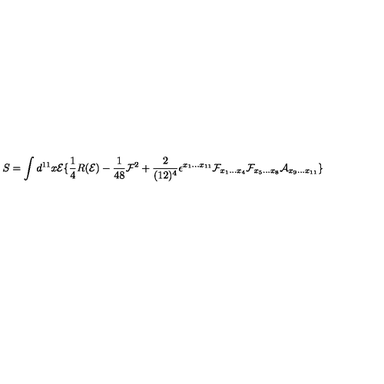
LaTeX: S = \int d ^ { 1 1 } x { \cal E } \lbrace \frac { 1 } { 4 } R ( { \cal E } ) - \frac { 1 } { 4 8 } { \cal F } ^ { 2 } + \frac { 2 } { ( 1 2 ) ^ { 4 } } \epsilon ^ { x _ { 1 } . . . x _ { 1 1 } } { \cal F } _ { x _ { 1 } . . . x _ { 4 } } { \cal F } _ { x _ { 5 } . . . x _ { 8 } } { \cal A } _ { x _ { 9 } . . . x _ { 1 1 } } \rbrace